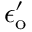
\epsilon _ { \mathrm { o } } ^ { \prime }